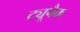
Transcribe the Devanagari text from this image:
ट्यूपैक